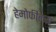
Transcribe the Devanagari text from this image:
हेमोफीलस